Annual returns of the Patna Lunatic Asylum at Bankipore in Bihar and Orissa - 1912-1924
Year: 1912
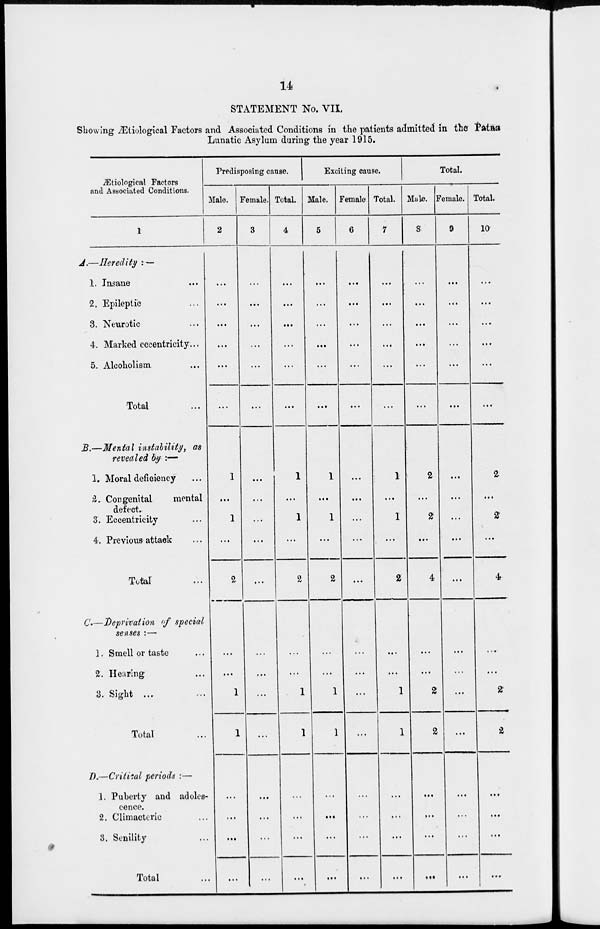
14
STATEMENT No. VII,
Showing Ætiological Factors and Associated Conditions in the patients admitted in the Patna
Lunatic Asylum during the year 1915.
Ætiological Factors
and Associated Conditions.
1
A.—Heredity : —
1. Insane ...
2. Epileptic ...
3. Neurotic ...
4. Marked eccentricity...
5. Alcoholism ...
Total ...
B.—Mental instability, as
revealed by :—
1. Moral deficiency ...
2. Congenital
mental
defect.
3. Eccentricity ...
4. Previous attack ...
Total ...
C.—Deprivation of special
senses :—
1. Smell or taste ...
2. Hearing ...
3. Sight ...
Total ...
D.—Critical periods :—
1. Puberty and adoles-
cence.
2. Climacteric ...
3. Senility ...
Total ...
Predisposing cause.
Male.
2
...
...
...
...
...
...
1
...
1
...
2
...
...
1
1
...
...
...
...
Female.
3
...
...
...
...
...
...
...
...
...
...
...
...
...
...
...
...
...
...
...
Total.
4
...
...
...
...
...
...
1
...
1
...
2
...
...
1
1
...
...
...
...
Exciting cause.
Male.
5
...
...
...
...
...
...
1
...
1
...
2
...
...
1
1
...
...
...
...
Female
6
...
...
...
...
...
...
...
...
...
...
...
...
...
...
...
...
...
...
...
Total.
7
...
...
...
...
...
...
1
...
1
...
2
...
...
1
1
...
...
...
...
Total.
Mule.
8
...
...
...
...
...
...
2
...
2
...
4
...
...
2
2
...
...
...
...
Female.
9
...
...
...
...
...
...
...
...
...
...
...
...
...
...
...
...
...
...
...
Total.
10
...
...
...
...
...
...
2
...
2
...
4
...
...
2
2
...
...
...
...